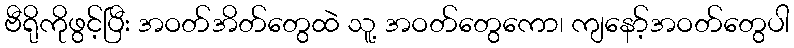
ဗီရိုကိုဖွင့်ပြီး အဝတ်အိတ်တွေထဲ သူ့ အဝတ်တွေကော၊ ကျနော့်အဝတ်တွေပါ